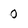
Character: 0